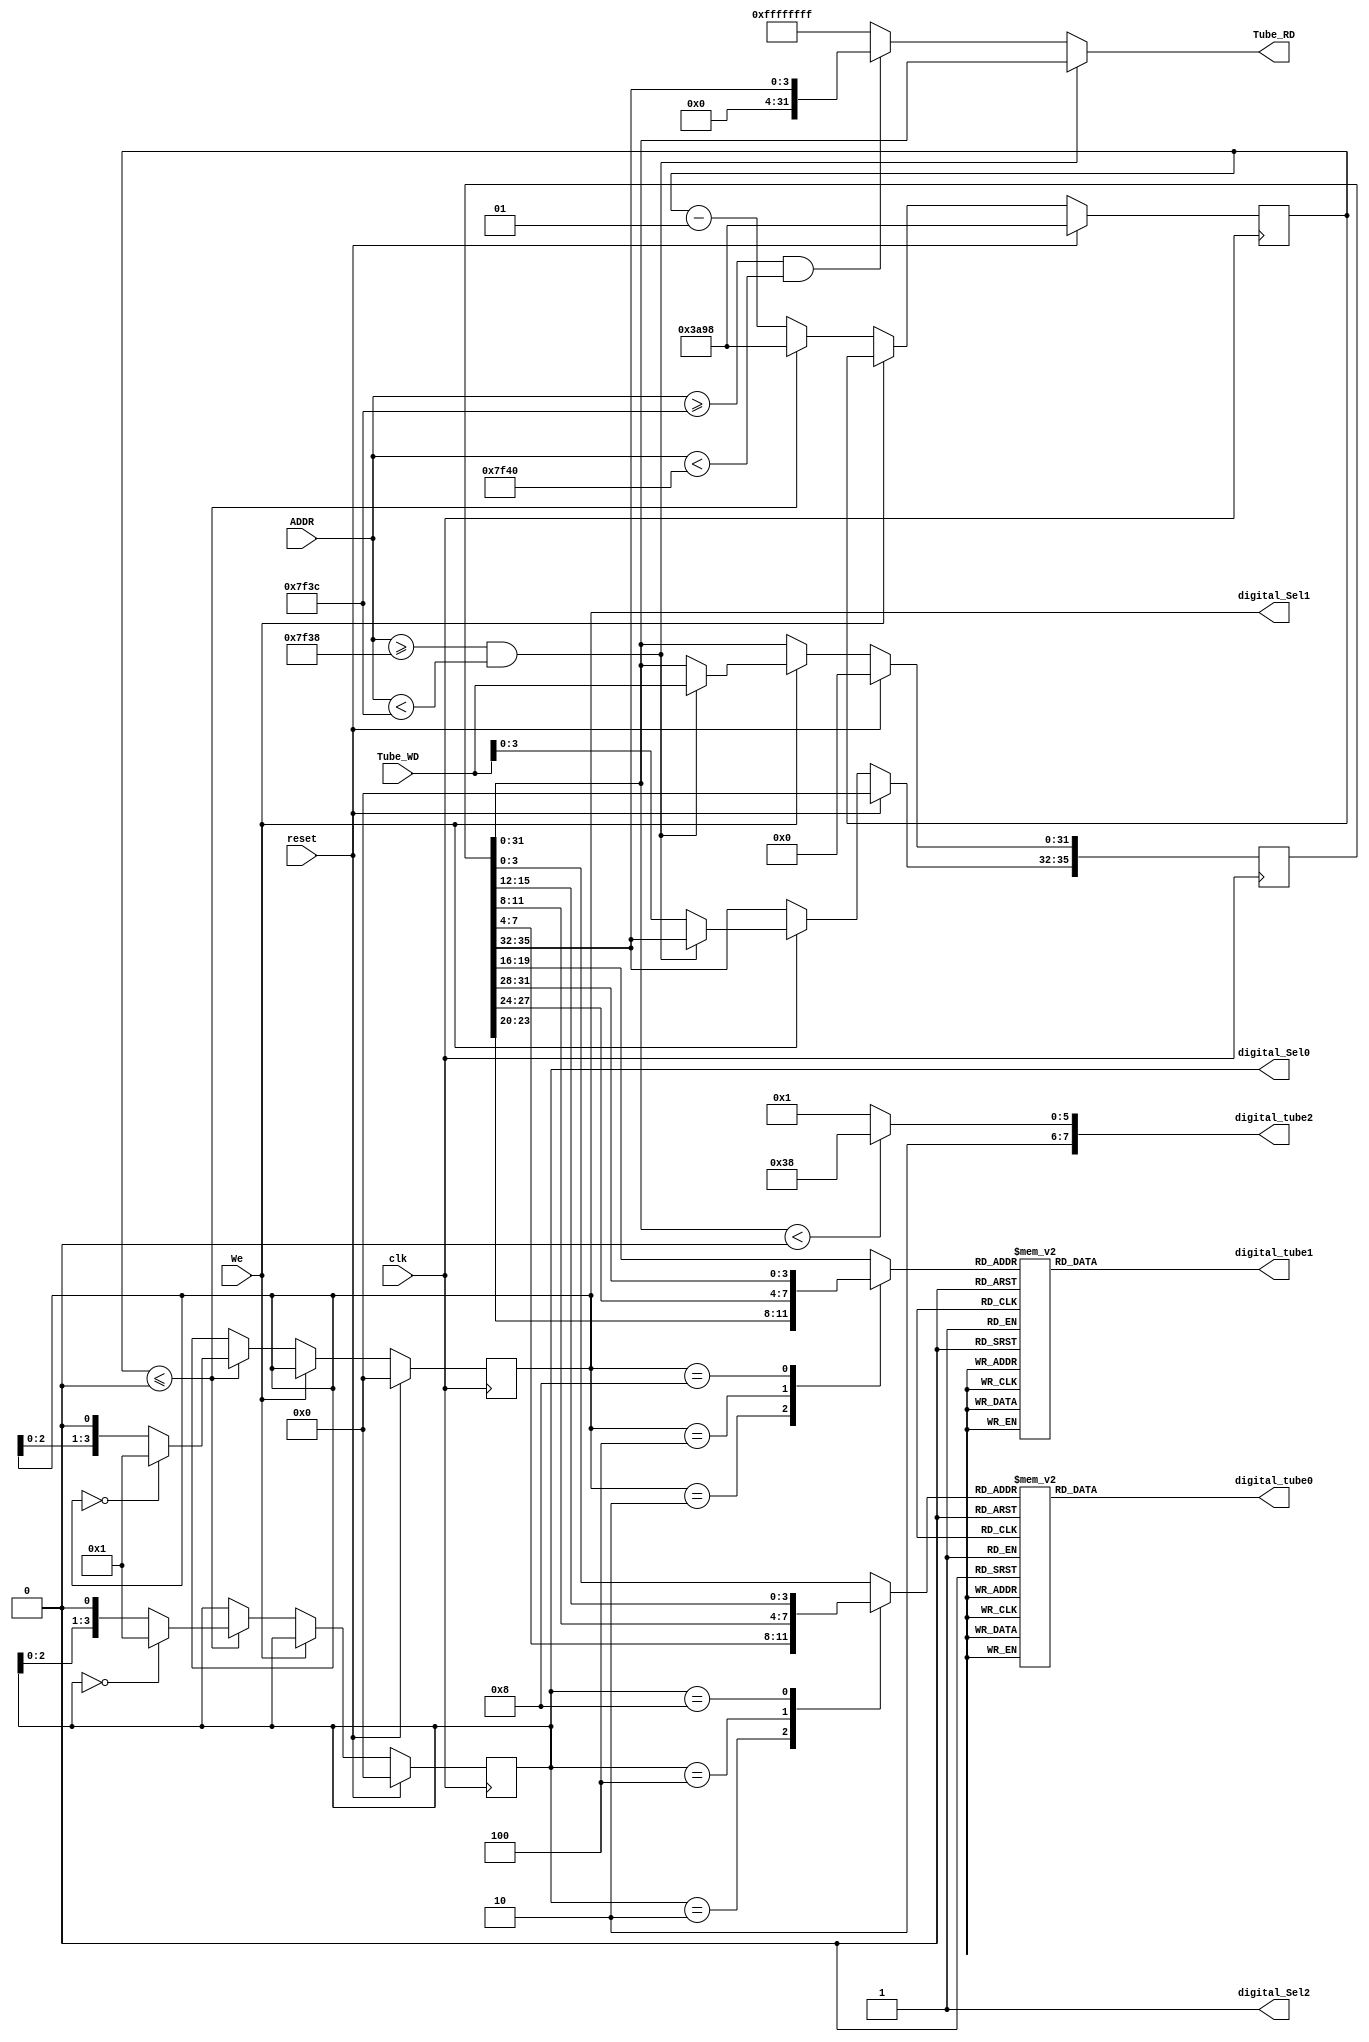
// This program was cloned from: https://github.com/SilenceX12138/MIPS-Microsystems
// License: MIT License

module Tube(clk,reset,We,ADDR,Tube_WD,digital_tube0,digital_tube1,digital_tube2,digital_Sel0,digital_Sel1,digital_Sel2,Tube_RD);
//input     
    input clk;
    input reset;

    input We;

    input [31:0] ADDR;
    input [31:0] Tube_WD;

//output
    output reg [7:0] digital_tube0;
    output reg [7:0] digital_tube1;
    output reg [7:0] digital_tube2;

    output [3:0] digital_Sel0;
    output [3:0] digital_Sel1;
    output digital_Sel2;

    output reg [31:0] Tube_RD;

//dynamic display logic
    parameter cnt_val=32'd15000,
              zero=8'b10000001,     //common anode
               one=8'b11001111,
               two=8'b10010010,
             three=8'b10000110,
              four=8'b11001100,
              five=8'b10100100,
               six=8'b10100000,
             seven=8'b10001111,
             eight=8'b10000000,
              nine=8'b10000100,
                 A=8'b10001000,
                 B=8'b11100000,
                 C=8'b10110001,
                 D=8'b11000010,
                 E=8'b10110000,
                 F=8'b10111000,
             minus=8'b11111110;
    
    reg [3:0] Sel0,Sel1;              //which sub-tube to be lightened
    reg [3:0] data0,data1,data2;      //the data to display

    reg [35:0] data;

    integer count;

//Tube_Sel
    assign digital_Sel0=Sel0;
    assign digital_Sel1=Sel1;
    assign digital_Sel2=1;

//tube0
    always @(*)
        begin
        //select data to display
            data0=data[3:0];
            case(Sel0)
                4'b0001:data0=data[3:0];
                4'b0010:data0=data[7:4];
                4'b0100:data0=data[11:8];
                4'b1000:data0=data[15:12];
            endcase
        //decode data to display
            digital_tube0=zero;
            case(data0)
                0:digital_tube0=zero;
                1:digital_tube0=one;
                2:digital_tube0=two;
                3:digital_tube0=three;
                4:digital_tube0=four;
                5:digital_tube0=five;
                6:digital_tube0=six;
                7:digital_tube0=seven;
                8:digital_tube0=eight;
                9:digital_tube0=nine;
                10:digital_tube0=A;
                11:digital_tube0=B;
                12:digital_tube0=C;
                13:digital_tube0=D;
                14:digital_tube0=E;
                15:digital_tube0=F;
            endcase
        end
//tube1
    always @(*)
        begin
        //select data to display
            data1=data[19:16];
            case(Sel1)
                4'b0001:data1=data[19:16];
                4'b0010:data1=data[23:20];
                4'b0100:data1=data[27:24];
                4'b1000:data1=data[31:28];
            endcase
        //decode data to display
            digital_tube1=zero;
            case(data1)
                0:digital_tube1=zero;
                1:digital_tube1=one;
                2:digital_tube1=two;
                3:digital_tube1=three;
                4:digital_tube1=four;
                5:digital_tube1=five;
                6:digital_tube1=six;
                7:digital_tube1=seven;
                8:digital_tube1=eight;
                9:digital_tube1=nine;
                10:digital_tube1=A;
                11:digital_tube1=B;
                12:digital_tube1=C;
                13:digital_tube1=D;
                14:digital_tube1=E;
                15:digital_tube1=F;
            endcase
        end

//tube2
    always @(*)
        begin
            data2=data[35:32];
			if($signed(data[31:0])<0)digital_tube2=F;
			else digital_tube2=zero;
        end

//Tube_RD
    always @(*)
        begin
            if(ADDR>=32'h0000_7f38&&ADDR<32'h0000_7f3c)Tube_RD=data[31:0];
            else if(ADDR>=32'h0000_7f3c&&ADDR<32'h0000_7f40)Tube_RD={28'd0,data[35:32]};
            else Tube_RD=-1;
        end

//count down logic
    always @(posedge clk)
        begin
            if(reset)
                begin
                    data<=35'b0;
                    Sel0<=0;
                    Sel1<=0;
                    count<=cnt_val;  	//10ns per cycle so count for 100000 to meet 1ms
                end
            else if(We)
                begin
                    if(ADDR>=32'h0000_7f38&&ADDR<32'h0000_7f3c)data[31:0]<=Tube_WD;
                    else data[35:32]<=Tube_WD[3:0];
                end
            else if(count<=0)
                begin
                    count<=cnt_val;
                    if(Sel0==0)Sel0<=1;
                    else Sel0<=Sel0<<1;
                    if(Sel1==0)Sel1<=1;
                    else Sel1<=Sel1<<1;
                end
            else count<=count-1;
        end

endmodule